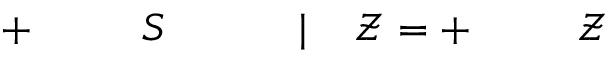
\! \! \! \! \! \! \! \! \! \! \! \ensuremath { \mathcal { Z } } \! \! \! \! \! \! \! \! \! \! \! \! ^ { \! } \! \! \! \! \! \! \! \! \! \! \! + \! \! \! \! \! \! \! \! \! \! \! \! = \! \! \! \! \! \! \! \! \! \! \! \! \ensuremath { \mathcal { Z } } \! \! \! \! \! \! \! \! \! \! \! \! | \! \! \! \! \! \! \! \! \! \! \! \! _ { \! } \! \! \! \! \! \! \! \! \! \! \! { S \! \! \! \! \! \! \! \! \! \! \! \! ^ { \! } \! \! \! \! \! \! \! \! \! \! \! + \! \! \! \! \! \! \! \! \! \! \! \! } \! \! \! \! \! \! \! \! \! \! \!